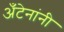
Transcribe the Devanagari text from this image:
अँटेनांनी